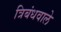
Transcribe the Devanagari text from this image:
त्रिबंधवाले